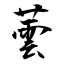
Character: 蕓